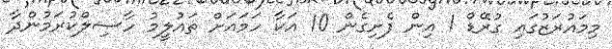
މިމައުރަޒުގައި ގުރޭޑް 1 އިން ފެށިގެން 10 އަކާ ހަމައަށް ތައުލީމު ހާޞިލްކުރަމުންދާ